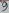
Text: 9